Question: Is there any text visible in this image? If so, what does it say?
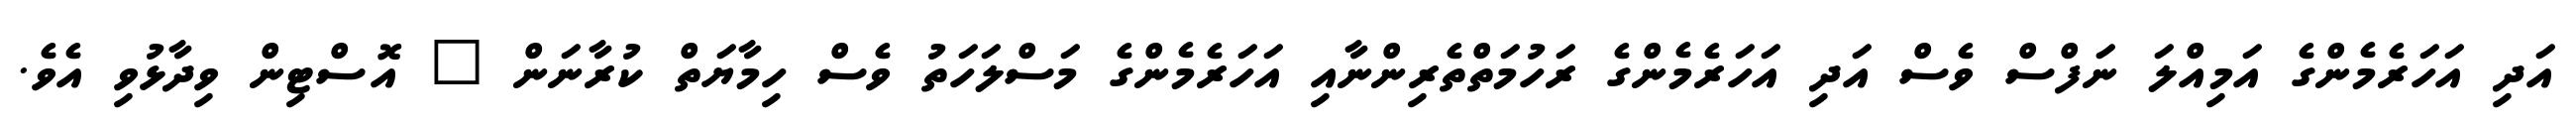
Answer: އަދި އަހަރެމެންގެ އަމިއްލަ ނަފްސް ވެސް އަދި އަހަރެމެންގެ ރަހުމަތްތެރިންނާއި އަހަރެމެންގެ މަސްލަހަތު ވެސް ހިމާޔަތް ކުރާނަން " އޮސްޓިން ވިދާޅުވި އެވެ.